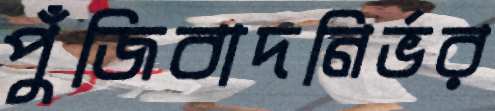
পুঁজিবাদনির্ভর